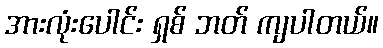
အားလုံးပေါင်း ရှစ် ဘတ် ကျပါတယ်။